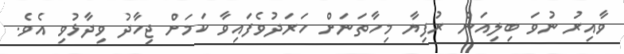
ވާއިރު ނުވަ ބިލިއަން ރުފިޔާ މިހާތަނަށް ހަރަދުވެފައިވާ ކަމަށް ޖިހާދު ވިދާޅުވި އެވެ.